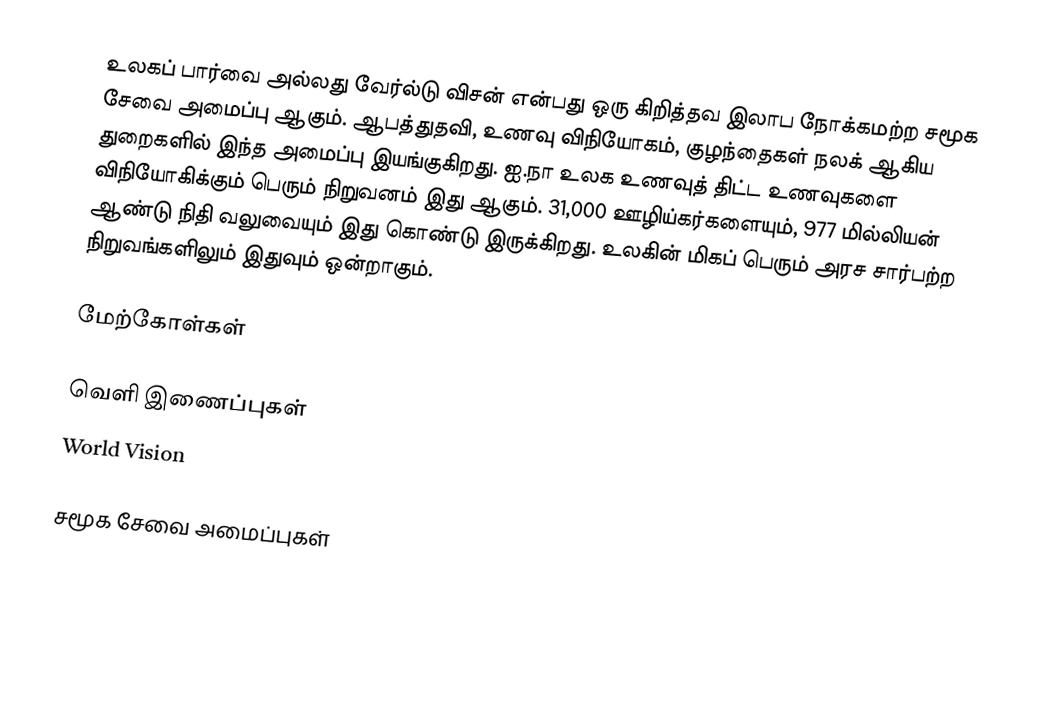
உலகப் பார்வை அல்லது வேர்ல்டு விசன் என்பது ஒரு கிறித்தவ இலாப நோக்கமற்ற சமூக சேவை அமைப்பு ஆகும்.  ஆபத்துதவி, உணவு விநியோகம், குழந்தைகள் நலக் ஆகிய துறைகளில் இந்த அமைப்பு இயங்குகிறது.  ஐ.நா உலக உணவுத் திட்ட உணவுகளை விநியோகிக்கும் பெரும் நிறுவனம் இது ஆகும்.  31,000 ஊழிய்கர்களையும், 977 மில்லியன் ஆண்டு நிதி வலுவையும் இது கொண்டு இருக்கிறது.  உலகின் மிகப் பெரும் அரச சார்பற்ற நிறுவங்களிலும் இதுவும் ஒன்றாகும்.

மேற்கோள்கள்

வெளி இணைப்புகள்
 World Vision

சமூக சேவை அமைப்புகள்